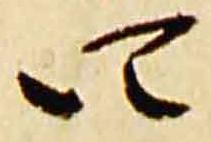
四